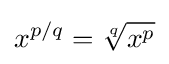
x^{p/q}={\sqrt[{q}]{x^{p}}}